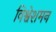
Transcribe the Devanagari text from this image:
विश्वेशमन